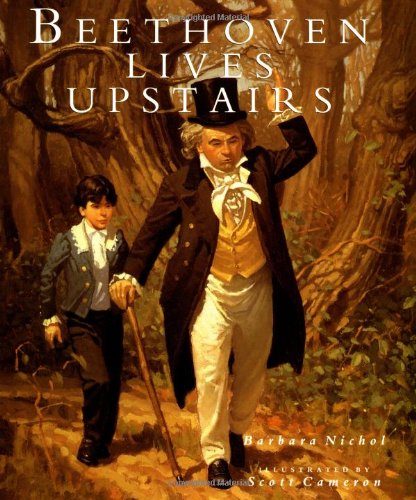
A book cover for Beethoven Lives Upstairs; Barbara Nichol; Children's Books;